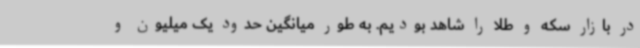
در بازار سکه و طلا را شاهد بودیم. به طور میانگین حدود یک میلیون و